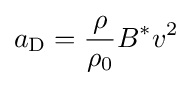
a_{\text{D}}={\frac {\rho }{\rho _{0}}}B^{*}v^{2}